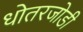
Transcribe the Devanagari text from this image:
धोतरजोडी